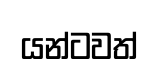
යන්ටවත්